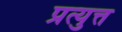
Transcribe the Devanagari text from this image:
प्रत्युत्त